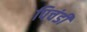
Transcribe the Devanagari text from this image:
पिचंडी